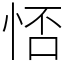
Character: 㤳